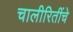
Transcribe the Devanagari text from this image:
चालीरितींचे